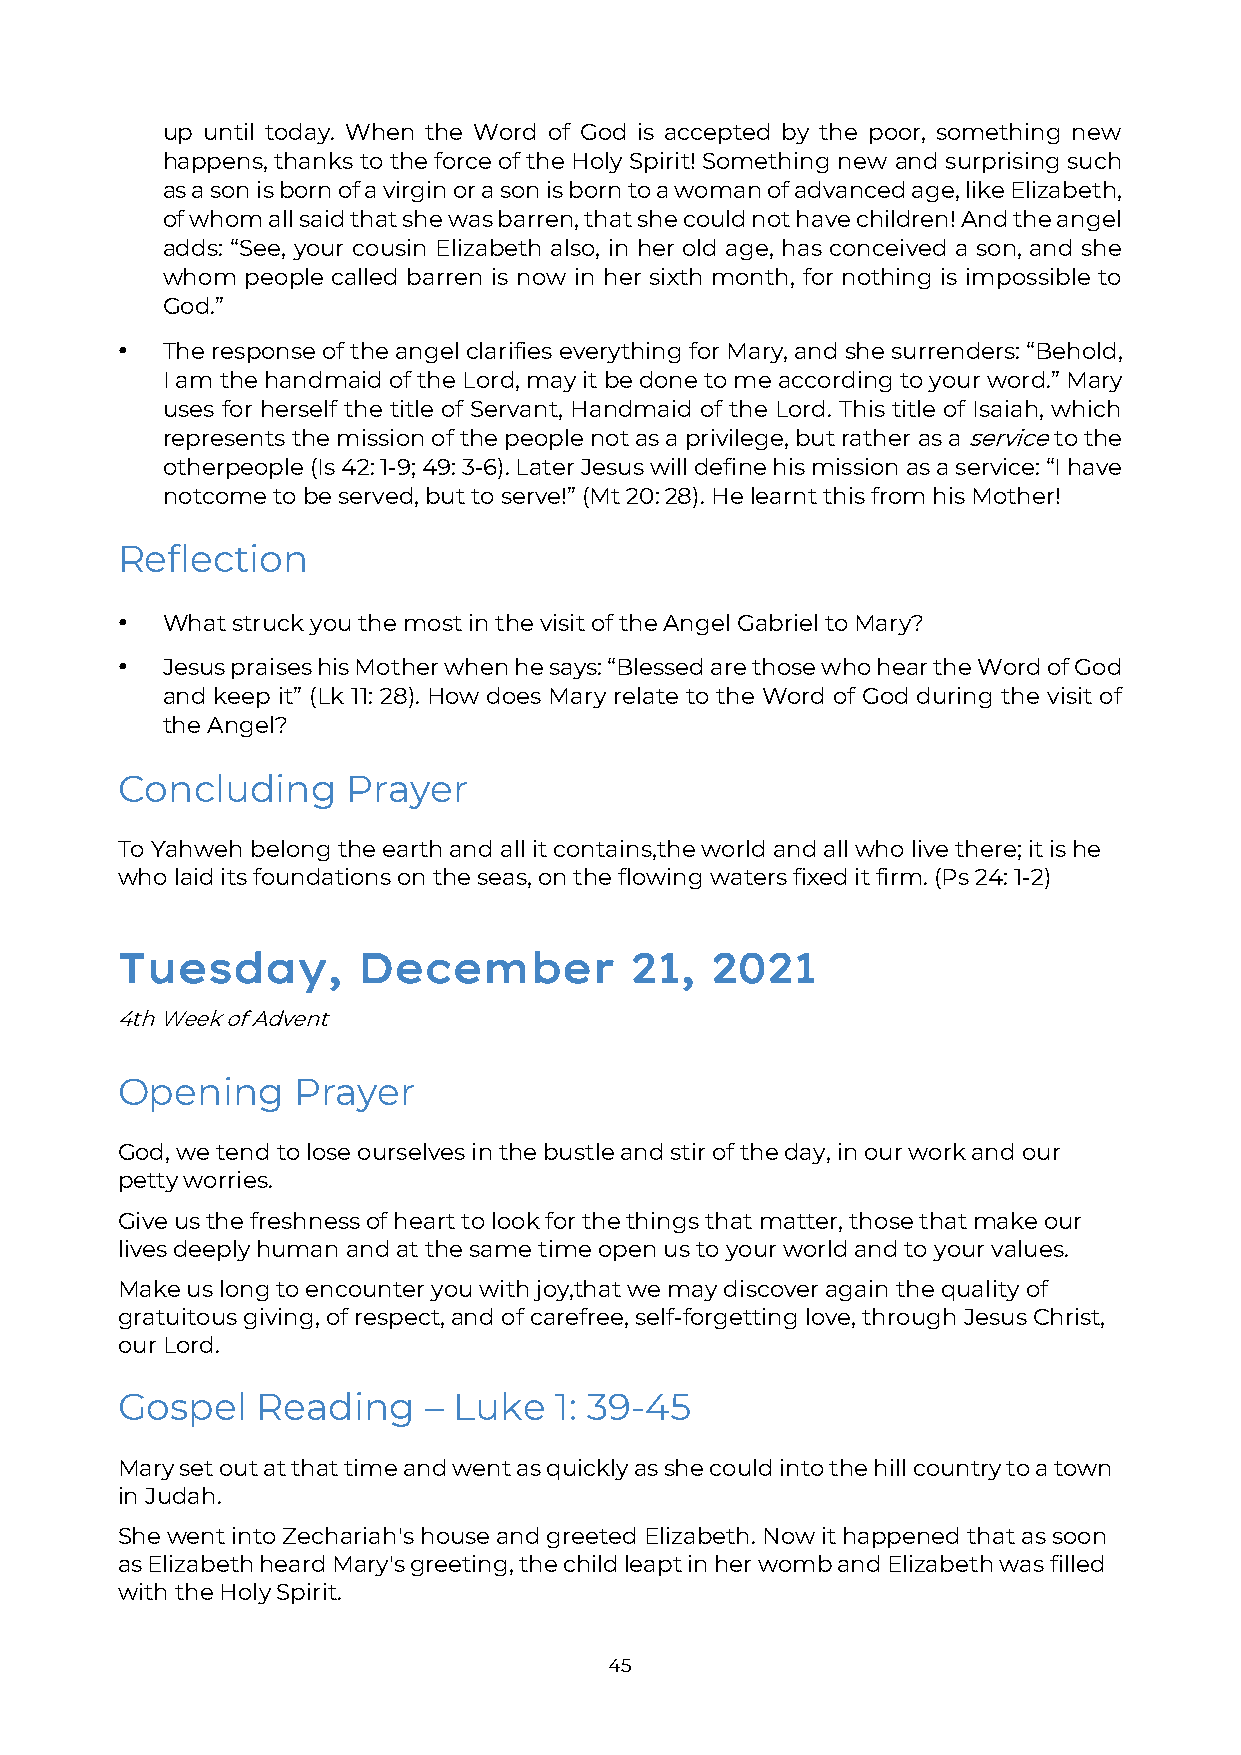
up until today. When the Word of God is accepted by the poor, something new
 happens, thanks to the force of the Holy Spirit! Something new and surprising such
 as a son is born of a virgin or a son is born to a woman of advanced age, like Elizabeth,
 of whom all said that she was barren, that she could not have children! And the angel
 adds: “See, your cousin Elizabeth also, in her old age, has conceived a son, and she
 whom people called barren is now in her sixth month, for nothing is impossible to
 God.”
 •  The response of the angel clarifies everything for Mary, and she surrenders: “Behold,
 I am the handmaid of the Lord, may it be done to me according to your word.” Mary
 uses for herself the title of Servant, Handmaid of the Lord. This title of Isaiah, which
 represents the mission of the people not as a privilege, but rather as a service to the
 other people (Is 42: 1-9; 49: 3-6). Later Jesus will define his mission as a service: “I have
 not come to be served, but to serve!” (Mt 20: 28). He learnt this from his Mother!
 Reflection
 •  What struck you the most in the visit of the Angel Gabriel to Mary?
 •  Jesus praises his Mother when he says: “Blessed are those who hear the Word of God
 and keep it” (Lk 11: 28). How does Mary relate to the Word of God during the visit of
 the Angel?
 Concluding     Prayer
 To Yahweh belong the earth and all it contains, the world and all who live there; it is he
 who laid its foundations on the seas, on the flowing waters fixed it firm. (Ps 24: 1-2)
 Tuesday,        December          21,  2021
 4th Week of Advent
 Opening    Prayer
 God, we tend to lose ourselves in the bustle and stir of the day, in our work and our
 petty worries.
 Give us the freshness of heart to look for the things that matter, those that make our
 lives deeply human and at the same time open us to your world and to your values.
 Make us long to encounter you with joy, that we may discover again the quality of
 gratuitous giving, of respect, and of carefree, self-forgetting love, through Jesus Christ,
 our Lord.
 Gospel   Reading    – Luke   1: 39-45
 Mary set out at that time and went as quickly as she could into the hill country to a town
 in Judah.
 She went into Zechariah's house and greeted Elizabeth. Now it happened that as soon
 as Elizabeth heard Mary's greeting, the child leapt in her womb and Elizabeth was filled
 with the Holy Spirit.
 45